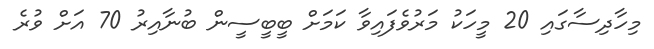
މިހާދިސާގައި 20 މީހަކު މަރުވެފައިވާ ކަމަށް ބީބީސީން ބުނާއިރު 70 އަށް ވުރެ